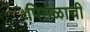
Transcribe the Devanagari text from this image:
पितळाची